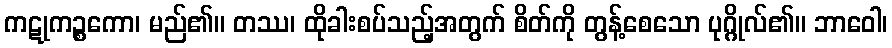
ကဋုကဉ္စကော၊ မည်၏။ တဿ၊ ထိုခါးစပ်သည့်အတွက် စိတ်ကို တွန့်စေသော ပုဂ္ဂိုလ်၏။ ဘာဝေါ၊